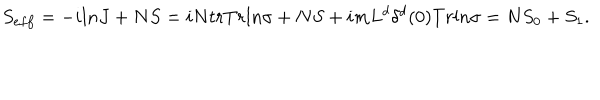
LaTeX: S _ { e f f } = - i l n J + N S = i N t r T r l n \sigma + N S + i m L ^ { d } \delta ^ { d } ( 0 ) T r l n \sigma = N S _ { 0 } + S _ { 1 } .